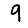
Digit: 9